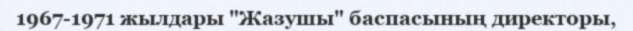
1967-1971 жылдары "Жазушы" баспасының директоры,